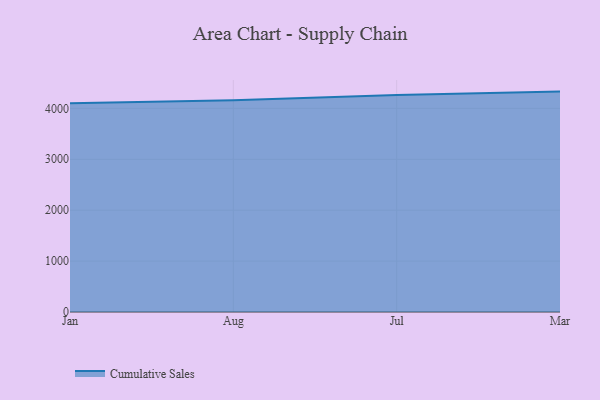
{"axis": {"x": "Month", "y": "Population (Million)"}, "legend": ["Cumulative Sales"], "data": [{"x": "Jan", "y": 4100.8, "type": "Cumulative Sales"}, {"x": "Aug", "y": 4158.2, "type": "Cumulative Sales"}, {"x": "Jul", "y": 4262.3, "type": "Cumulative Sales"}, {"x": "Mar", "y": 4329.5, "type": "Cumulative Sales"}]}